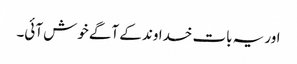
اور یہ بات خداوند کے آگے خوش آئی۔